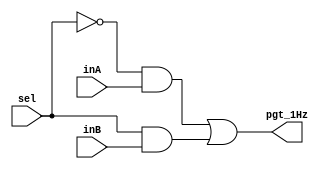
module mux(input wire sel,inA,inB,output wire pgt_1Hz);
	assign pgt_1Hz= (!sel&inA)|(sel&inB);// implementao de um mux com portas lgicas
endmodule